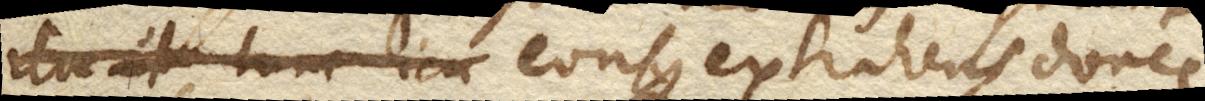
ita ut hinc icu eousque extrahens donec